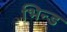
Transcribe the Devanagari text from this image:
भिन्ड